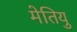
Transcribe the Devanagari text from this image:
मेतियु